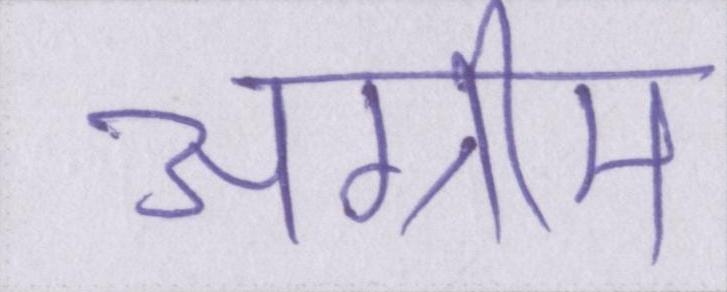
अग्रीम